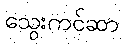
သွေးကင်ဆာ